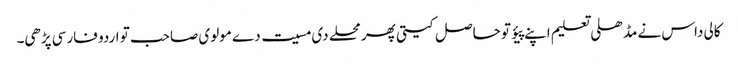
کالی داس نے مڈھلی تعلیم اپنے پیؤ تو حاصل کیتی پھر محلے دی مسیت دے مولوی صاحب تو اردو فارسی پڑھی۔